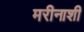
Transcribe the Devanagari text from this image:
मरीनाशी